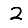
Digit: 2